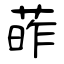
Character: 葃